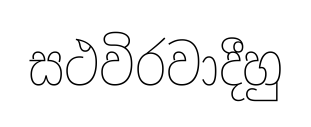
සථවිරවාදීහු